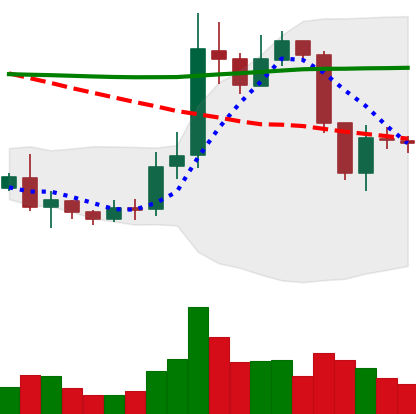
Ticker: ETC-USD
Chart end date: 2019-09-01
Forward return: 7.163%
Label: up_7plus